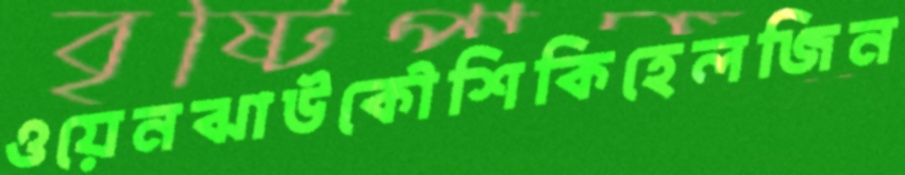
ওয়েনঝাউকৌশিকিহেলজিন